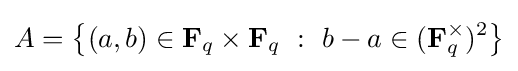
A=\left\{(a,b)\in \mathbf {F} _{q}\times \mathbf {F} _{q}\ :\ b-a\in (\mathbf {F} _{q}^{\times })^{2}\right\}